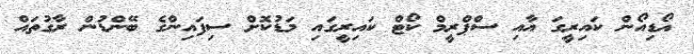
އޯޑިއޯން ކައިރީގަ އާއި ސްޕްރީމް ކޯޓް ކައިރީގައި މަޑުކޮށް ސިފައިންގެ ބޭންޑުން ރާގުތައް